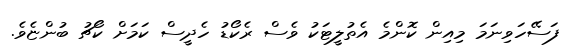
ފަސޭހަވިނަމަ މިއިން ކޮންމެ އެތުލީޓަކު ވެސް ރެކޯޑު ހެދީސް ކަމަށް ކޯޗު ބުންޏެވެ.